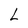
Character: L